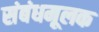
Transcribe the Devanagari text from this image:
संबंधमूलक